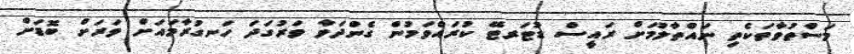
މަސްތުވާތަކެތި ނައްތާލުމަށް ރައީސް ޑުޓަރޓޭ ކުރައްވަމުން ގެންދަވާ ވަރުގަދަ ހަނގުރާމައަށް ވަރަށް ބޮޑަށް